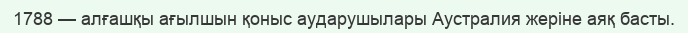
1788 — алғашқы ағылшын қоныс аударушылары Аустралия жеріне аяқ басты.